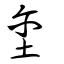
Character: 壐